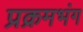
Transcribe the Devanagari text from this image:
प्रक्रमभंग